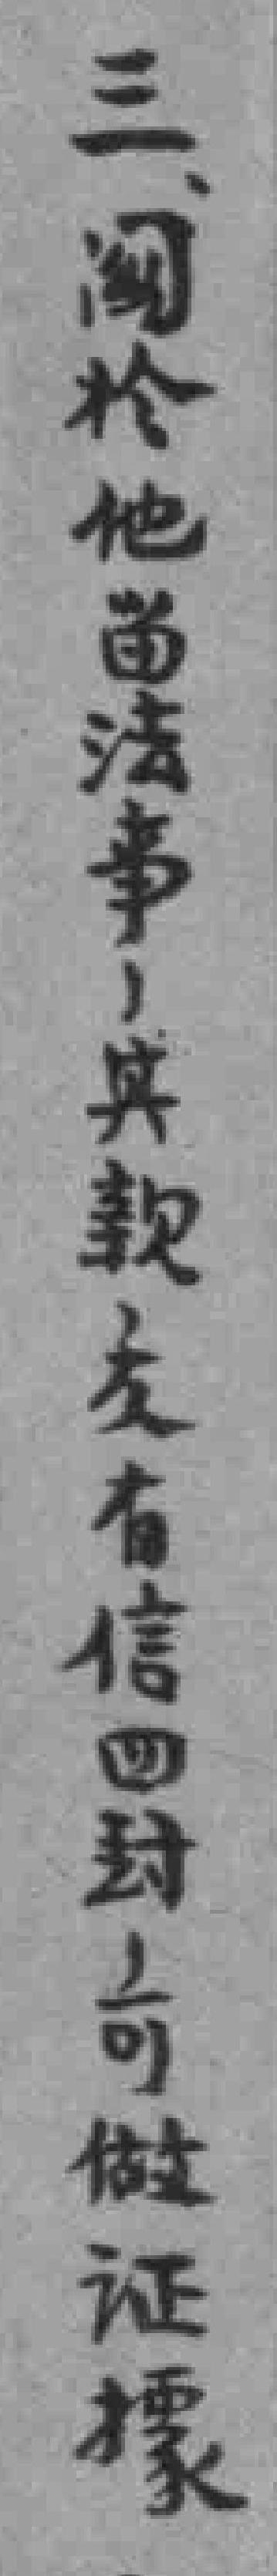
三、关於闻於他畄法事，其親友有信四封，可做证據。